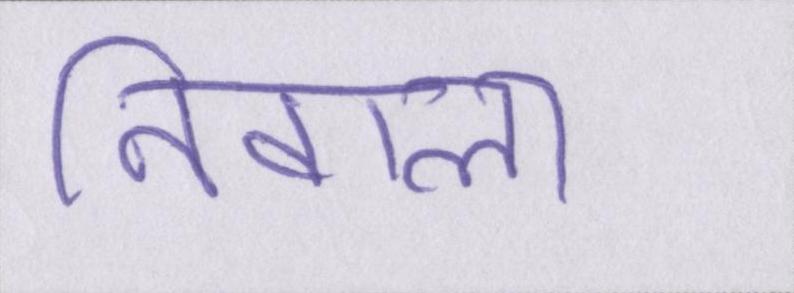
निवाला